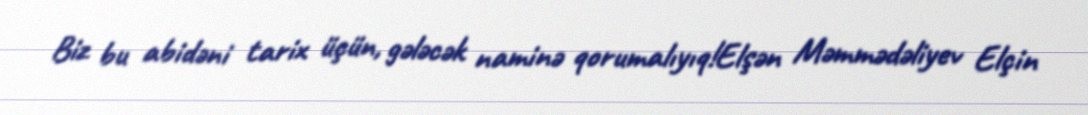
Biz bu abidəni tarix üçün, gələcək naminə qorumalıyıq!Elşən Məmmədəliyev Elçin